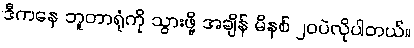
ဒီကနေ ဘူတာရုံကို သွားဖို့ အချိန် မိနစ် ၂၀ပဲလိုပါတယ်။